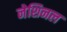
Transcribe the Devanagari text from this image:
नेशिनल